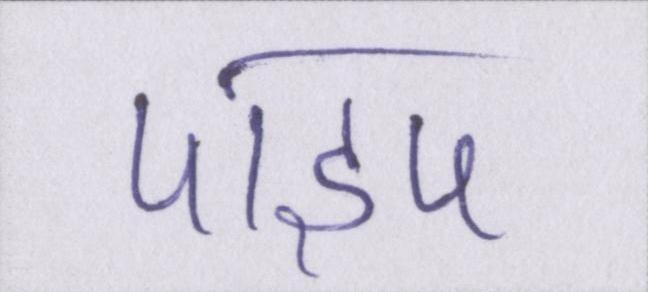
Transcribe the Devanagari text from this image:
पाइप